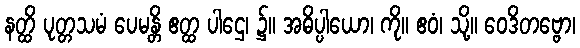
နတ္ထိ ပုတ္တသမံ ပေမန္တိ ဧတ္ထ ပါဌေ၊ ၌။ အဓိပ္ပါယော၊ ကို။ ဧဝံ၊ သို့။ ဝေဒိတဗ္ဗော၊